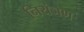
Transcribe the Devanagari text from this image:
नियंञण